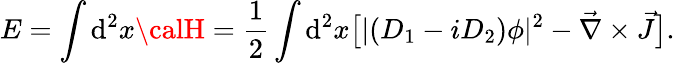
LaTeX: E=\int\mathrm{d}^{2}x{\calH}={\frac{{1}}{{2}}}\int\mathrm{d}^{2}x\big[|(D_{1}-iD_{2})\phi|^{2}-{\vec{{\nabla}}\times\vec{{J}}}\big].